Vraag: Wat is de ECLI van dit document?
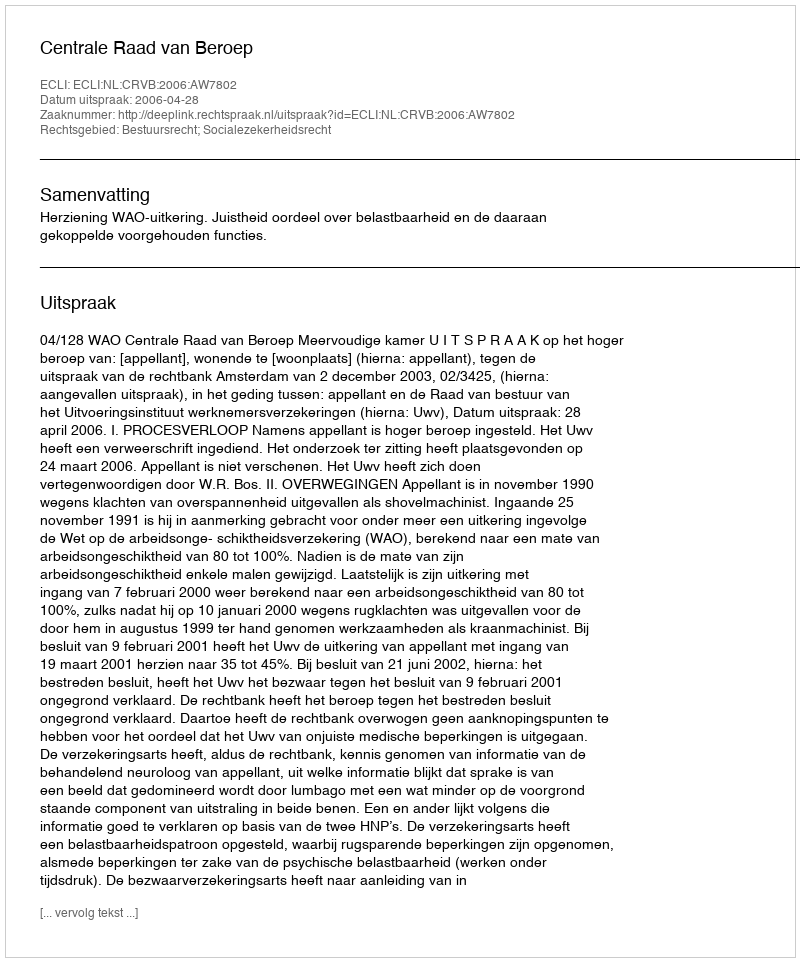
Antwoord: ECLI:NL:CRVB:2006:AW7802